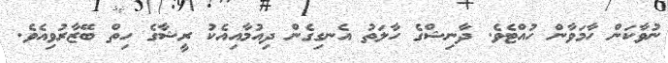
ނުވާކަން ހާމަވާން ހުއްޓެވެ. ދާނިޝްގެ ހާލަތު އެނގިގެން ދިއުމާއިއެކު ރީޝާގެ ހިތް ބޭޒާރުވިިއެވެ.